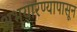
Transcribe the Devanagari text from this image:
अभयारण्यापासून